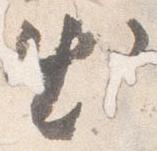
出